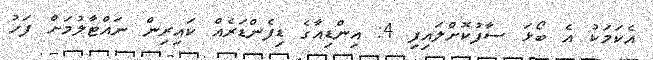
އެކަމަކު އެ ބޯޅަ ސާފުކޮށްލައިފި 4: އިންޑިއާގެ ޑިފެންޑަރެއް ކައިރިން ނައްޓާލުމަށް ފަހު